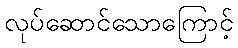
လုပ်ဆောင်သောကြောင့်